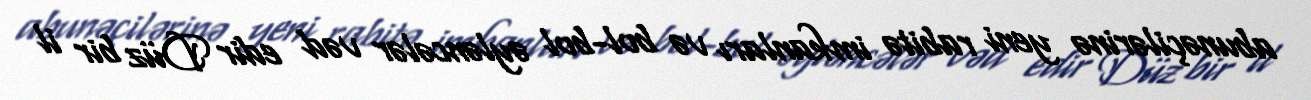
abunəçilərinə yeni rabitə imkanları və bol-bol əyləncələr vəd edir Düz bir il